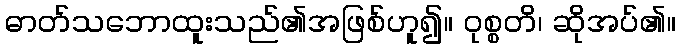
ဓာတ်သဘောထူးသည်၏အဖြစ်ဟူ၍။ ဝုစ္စတိ၊ ဆိုအပ်၏။